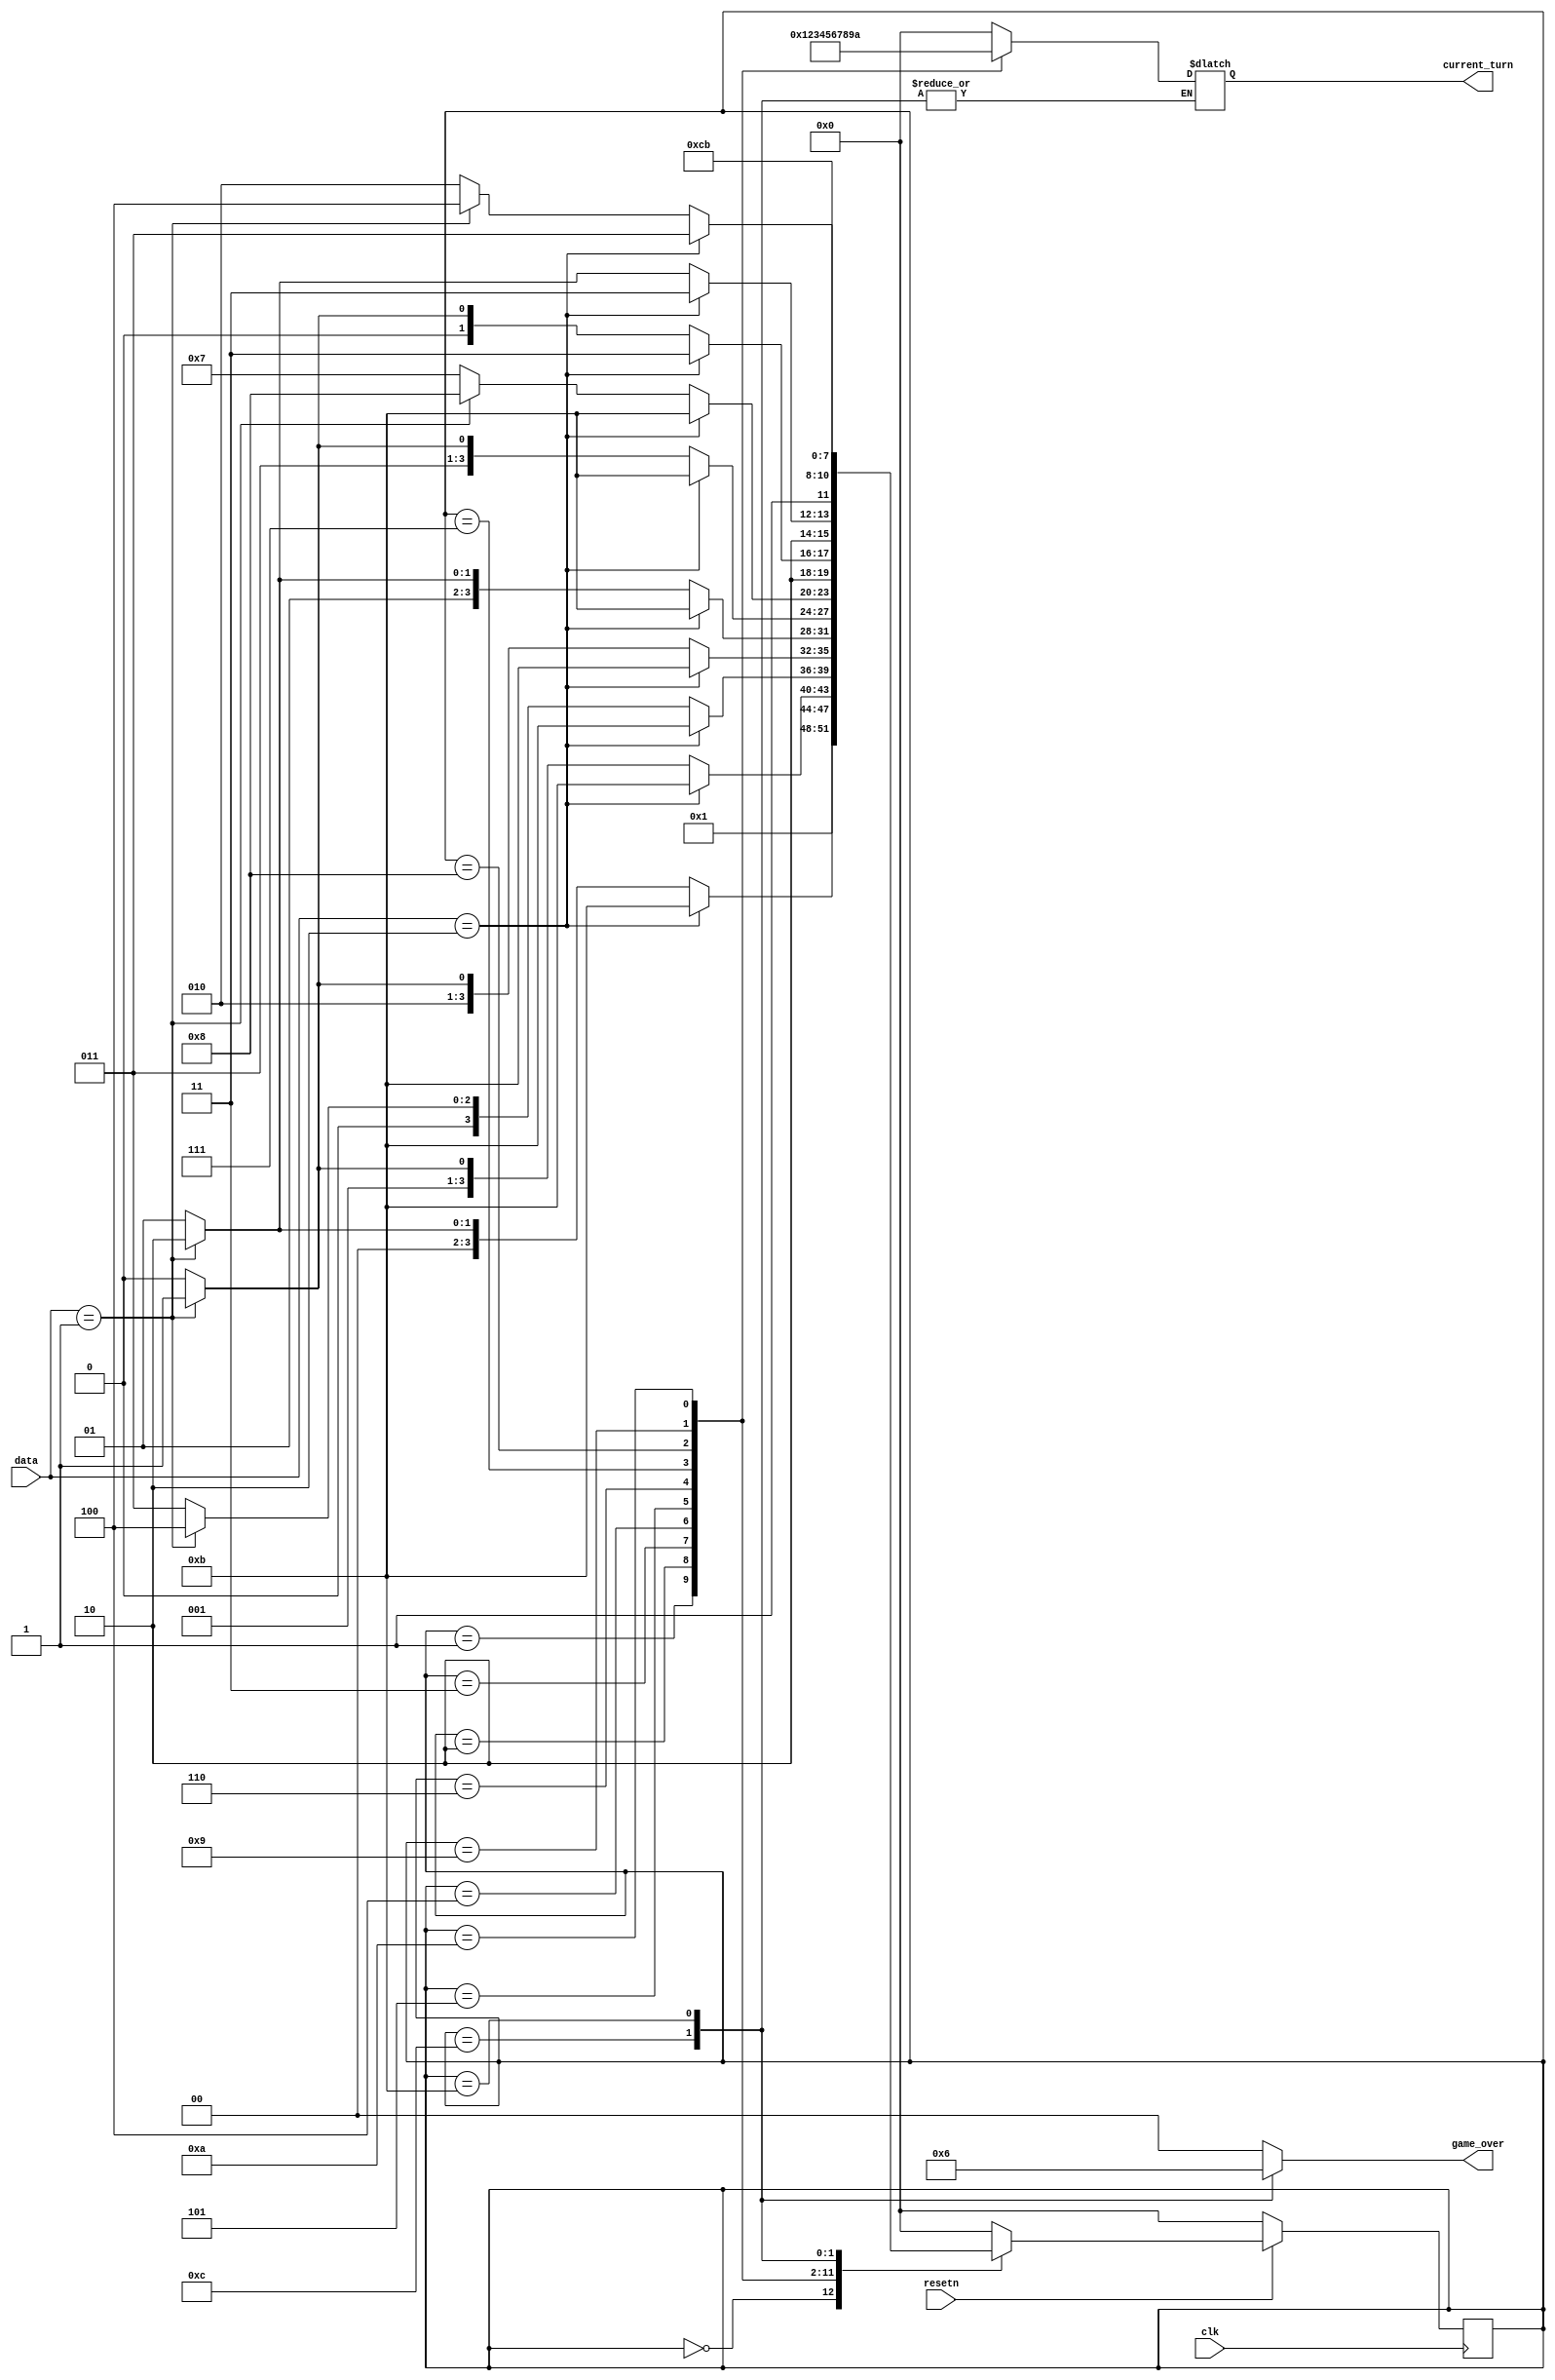
module turncounter2(data, resetn, current_turn, clk, game_over);
	input clk;
	input resetn;
	input [1:0] data;
	output reg [3:0] current_turn;
	output reg [1:0] game_over;
	
	reg [3:0] current_state, next_state;
	
	// states
	localparam  start = 4'd0,
					turn1 = 4'd1,
					turn2 = 4'd2,
					turn3 = 4'd3,
					turn4 = 4'd4,
					turn5 = 4'd5,
					turn6 = 4'd6,
					turn7 = 4'd7,
					turn8 = 4'd8,
					turn9 = 4'd9,
					turn10 = 4'd10,
					win = 4'd11,
					lose = 4'd12;
					
	// state transitions
	// 01 means next turn, or lose on turn 10
	// 10 means win
	// 00/11 means stay
	// win/lose should stay in their respective state, because the game is over.
	always@(*)
    begin: state_table 
            case (current_state)
					start: begin
						next_state <= turn1;
						end
                turn1: begin
						if (data == 2'b10)
							next_state <= win;
						else if (data == 2'b01)
							next_state <= turn2;
						else
							next_state <= turn1;
					 end
					 
					 turn2:begin
						if (data == 2'b10)
							next_state <= win;
						else if (data == 2'b01)
							next_state <= turn3;
						else
							next_state <= turn2;
					 end
					 
					 turn3:begin
						if (data == 2'b10)
							next_state <= win;
						else if (data == 2'b01)
							next_state <= turn4;
						else
							next_state <= turn3;
					 end
					 
					 turn4: begin
						if (data == 2'b10)
							next_state <= win;
						else if (data == 2'b01)
							next_state <= turn5;
						else
							next_state <= turn4;
					 end
					 turn5: begin
						if (data == 2'b10)
							next_state <= win;
						else if (data == 2'b01)
							next_state <= turn6;
						else
							next_state <= turn5;
					 end
                turn6:begin
						if (data == 2'b10)
							next_state <= win;
						else if (data == 2'b01)
							next_state <= turn7;
						else
							next_state <= turn6;
					 end
					 turn7:begin
						if (data == 2'b10)
							next_state <= win;
						else if (data == 2'b01)
							next_state <= turn8;
						else
							next_state <= turn7;
					 end
					 turn8:begin
						if (data == 2'b10)
							next_state <= win;
						else if (data == 2'b01)
							next_state <= turn9;
						else
							next_state <= turn8;
					 end
					 turn9:begin
						if (data == 2'b10)
							next_state <= win;
						else if (data == 2'b01)
							next_state <= turn10;
						else
							next_state <= turn9;
					 end
					 turn10:begin
						if (data == 2'b10)
							next_state <= win;
						else if (data == 2'b01)
							next_state = lose;
						else
							next_state <= turn10;
					 end
					 lose: next_state = lose;
					 win: next_state <= win;
				default:     next_state <= start;
        endcase
    end // state_table
	 
	 
	 // Output logic aka all of our datapath control signals
	 // hopefully current_turn saves and we can use that
	 // game_over is a signal for if the game is done or not
	 // 0 means not done, 1 means loss, 2 means win
	 // win/lose shouldn't transition out of their state without resetn, constantly outputting the game is over
    always @(*)
    begin: enable_signals
        case (current_state)
            start: begin
					current_turn = 4'd0;
					game_over = 2'd0;
				end
            turn1: begin
					current_turn = 4'd1;
					game_over = 2'd0;
				end
            turn2: begin
					current_turn = 4'd2;
					game_over = 2'd0;
				end
            turn3: begin
					current_turn = 4'd3;
					game_over = 2'd0;
				end
            turn4: begin
					current_turn = 4'd4;
					game_over = 2'd0;
				end
            turn5: begin
					current_turn = 4'd5;
					game_over = 2'd0;
				end
	         turn6: begin
					current_turn = 4'd6;
					game_over = 2'd0;
				end
				turn7: begin
					current_turn = 4'd7;
					game_over = 2'd0;
				end
				turn8: begin
					current_turn = 4'd8;
					game_over = 2'd0;
					
				end
				turn9: begin
					current_turn = 4'd9;
					game_over = 2'd0;
				end
				turn10: begin
					current_turn = 4'd10;
					game_over = 2'd0;
				end
				lose: begin
					game_over = 2'd1;
				end
				win: begin
					game_over = 2'd2;
				end
				
				default: begin
					current_turn = 4'd0;
					game_over = 2'd0;
				end
				
        endcase
    end // enable_signals

	 // current_state registers
    always@(posedge clk)
    begin: state_FFs
        if(!resetn)
            current_state <= start;
        else
            current_state <= next_state;
    end // state_FFS
	 
endmodule